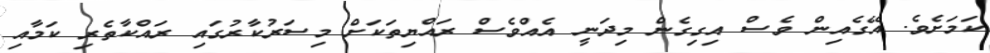
ކަމަށެވެ. އޭގެއިން ވެސް އިގިގެން މިދަނީ އެއްވެސް ރައްޔިތަކަށް މިސަރުކާރުގައި ރައްކާތެރި ކަމާއި